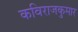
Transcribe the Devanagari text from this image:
कविराजकुमार